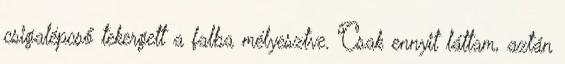
csigalépcső tekergett a falba mélyesztve. Csak ennyit láttam, aztán